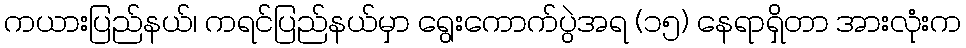
ကယားပြည်နယ်၊ ကရင်ပြည်နယ်မှာ ရွေးကောက်ပွဲအရ (၁၅) နေရာရှိတာ အားလုံးက